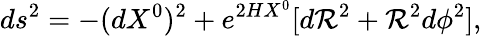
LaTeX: ds^{2}=-(dX^{0})^{2}+e^{2HX^{0}}[d\mathcal{R}^{2}+\mathcal{R}^{2}d\phi^{2}],